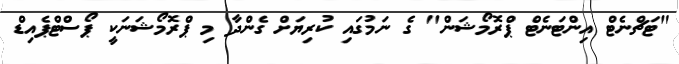
"ޓަޗްނެޓް އިންޓަނެޓް ޕްރޮމޯޝަން" ގެ ނަމުގައި ކުރިޔަށް ގެންދާ މި ޕްރޮމޯޝަނަކީ ޕޯސްޓްޕެއިޑް